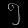
Digit: ၅